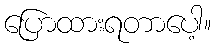
ပြောထားရတာပေါ့။